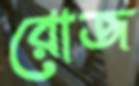
রোজ